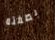
بصفته